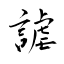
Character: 謔